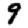
Digit: 9